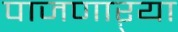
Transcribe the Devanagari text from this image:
पाजणाऱ्या